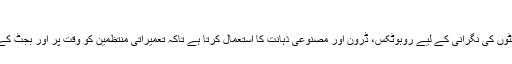
عصری علوم و فنون کا تعمیرا ت میں استعمال
سوربھ لڈھا کا ااسٹارٹ اپ ڈوکسل تعمیراتی سائٹوں کی نگرانی کے لیے روبوٹکس، ڈرون اور مصنوعی ذہانت کا استعمال کرتا ہے تاکہ تعمیراتی منتظمین کو وقت پر اور بجٹ کے اندر پروجیکٹوں کی تکمیل میں مدد مل سکے۔